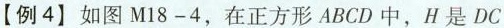
【例4】如图M18-4，在正方形ABCD中，H是DC